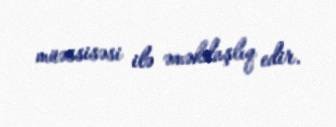
müəssisəsi ilə əməkdaşlıq edir.